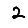
Digit: 2